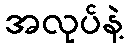
အလုပ်နဲ့